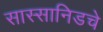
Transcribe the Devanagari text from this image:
सास्सानिडचे